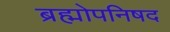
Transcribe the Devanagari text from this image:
ब्रह्मोपनिषद